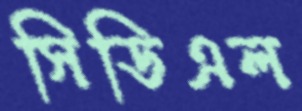
সিডিএল